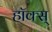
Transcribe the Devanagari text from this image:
हॉक्स्